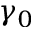
\gamma _ { 0 }